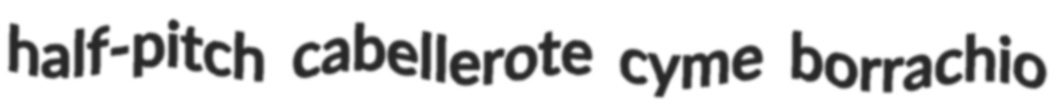
half-pitch cabellerote cyme borrachio